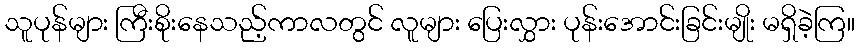
သူပုန်များ ကြီးစိုးနေသည့်ကာလတွင် လူများ ပြေးလွှား ပုန်းအောင်းခြင်းမျိုး မရှိခဲ့ကြ။